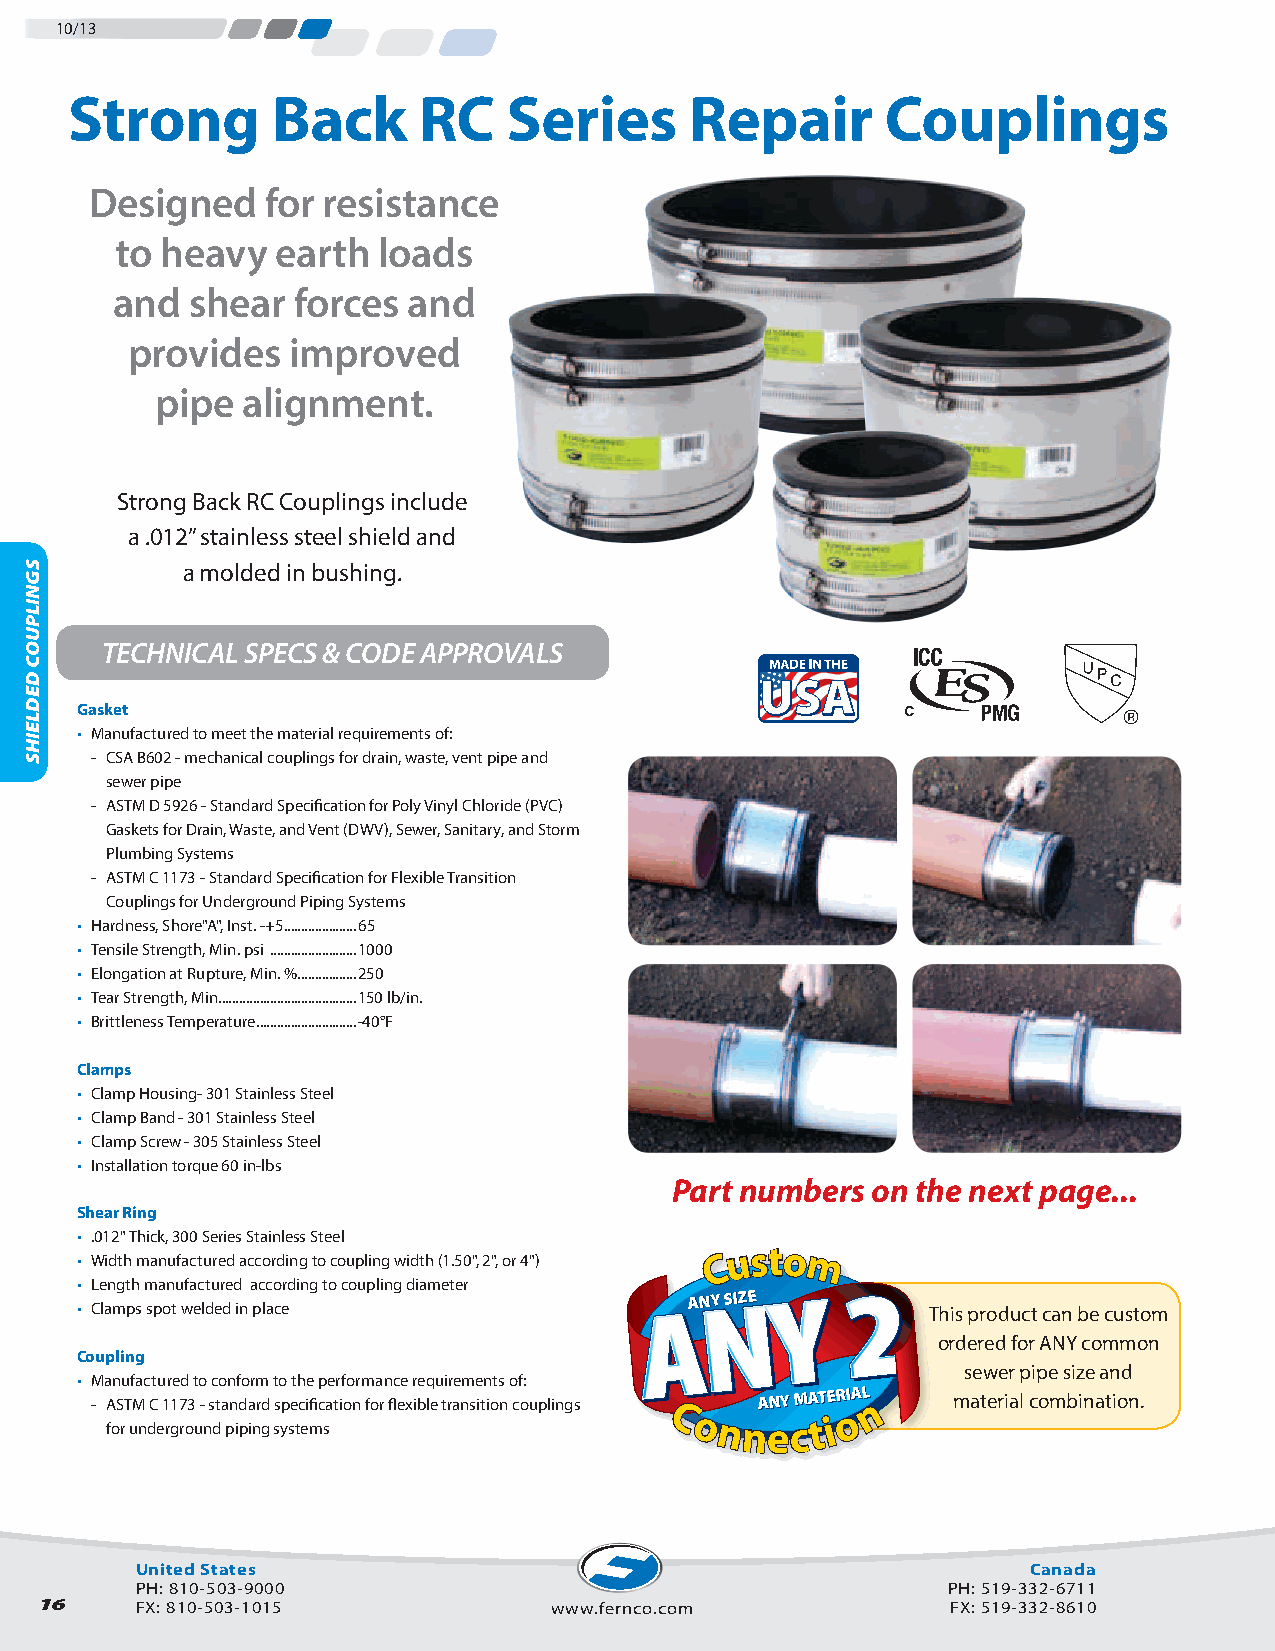
10/13
 Strong       Back      RC    Series      Repair       Couplings
 Designed    for resistance
 to heavy  earth  loads
 and   shear forces  and
 provides   improved
 pipe  alignment.
 Strong Back RC Couplings include
 a .012” stainless steel shield and
 a molded in bushing.
 TECHNICAL SPECS & CODE APPROVALS
 Gasket
 • Manufactured to meet the material requirements of:
 - CSA B602 - mechanical couplings for drain, waste, vent pipe and
 sewer pipe
 - ASTM D 5926 - Standard Specification for Poly Vinyl Chloride (PVC)
 Gaskets for Drain, Waste, and Vent (DWV), Sewer, Sanitary, and Storm
 Plumbing Systems
 - ASTM C 1173 - Standard Specification for Flexible Transition
 Couplings for Underground Piping Systems
 • Hardness, Shore"A", Inst. -+5 .....................65
 • Tensile Strength, Min. psi .........................1000
 • Elongation at Rupture, Min. % .................250
 • Tear Strength, Min. .......................................150 lb/in.
 • Brittleness Temperature .............................-40°F
 Clamps
 • Clamp Housing- 301 Stainless Steel
 • Clamp Band - 301 Stainless Steel
 • Clamp Screw - 305 Stainless Steel
 • Installation torque 60 in-lbs
 Part numbers  on the next page...
 Shear Ring
 • .012" Thick, 300 Series Stainless Steel
 • Width manufactured according to coupling width (1.50", 2", or 4") CC uussttoo mm
 • Length manufactured according to coupling diameter
 • Clamps spot welded in place
 AANNYY SSIIZZEE
 This product can be custom
 ordered for ANY common
 Coupling
 sewer pipe size and
 • Manufactured to conform to the performance requirements of:
 - ASTM C 1173 - standard specification for flexible transition couplings AANNYY
 MMAATTEERRIIAALL
 nn   material combination.
 for underground piping systems       CC oonnnneecc tt ii oo
 United States                                              Canada
 PH: 810-503-9000                                      PH: 519-332-6711
 16     FX: 810-503-1015            www.fernco.com            FX: 519-332-8610
 SGNILPUOC
 DEDLEIHS
 SHIELDED
 COUPLINGS